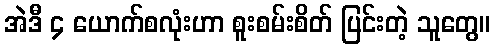
အဲဒီ ၄ ယောက်စလုံးဟာ စူးစမ်းစိတ် ပြင်းတဲ့ သူတွေ။